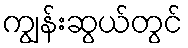
ကျွန်းဆွယ်တွင်